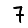
Digit: 7